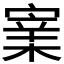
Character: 𡪔